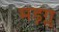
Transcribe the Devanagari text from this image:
मड़ग्ल